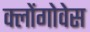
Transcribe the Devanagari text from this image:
क्लोंगोवेस